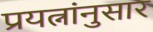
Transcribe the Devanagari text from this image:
प्रयत्नांनुसार